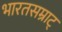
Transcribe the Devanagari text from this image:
भारतसम्राट्